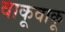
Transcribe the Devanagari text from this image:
वाकूवाकू